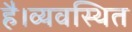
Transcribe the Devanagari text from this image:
है।व्यवस्थित